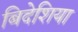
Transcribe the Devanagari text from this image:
बिदेशिया